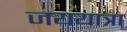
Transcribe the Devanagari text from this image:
जययात्रा